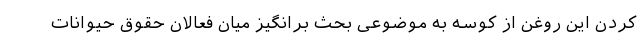
کردن این روغن از کوسه به موضوعی بحث برانگیز میان فعالان حقوق حیوانات